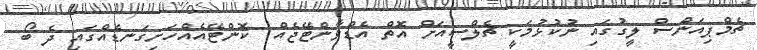
ޗެމްޕިއަންސް ލީގުގައި ނުކުޅުމަކީ ޗެލްސީއަށް އޮތް އެޑްވާންޓޭޖެއް  ކޮންޓޭއެއްހަށިގަނޑެއްގައި ދެ ބޯ